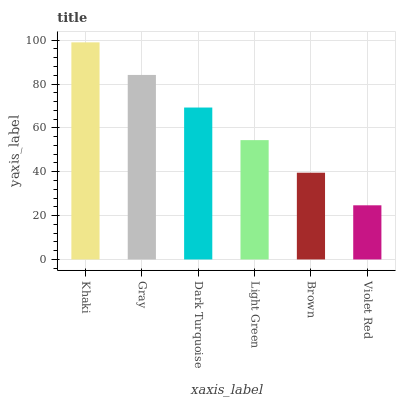
| xaxis_label | bars |
 | --- | --- |
 | Khaki | 99 |
 | Gray | 84.1 |
 | Dark Turquoise | 69.3 |
 | Light Green | 54.4 |
 | Brown | 39.6 |
 | Violet Red | 24.7 |